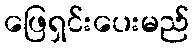
ဖြေရှင်းပေးမည်